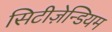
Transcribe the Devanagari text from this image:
सिटीज़ेन्डियम